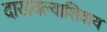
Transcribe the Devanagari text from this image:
दाखवल्याशिवाय